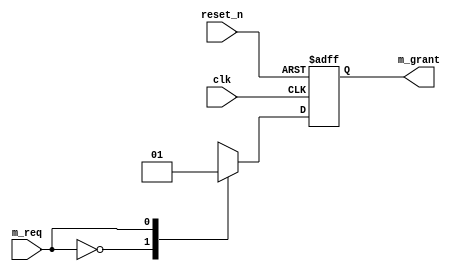
module BUS_arbit(clk, reset_n, m_req, m_grant); // this module makes bus_arbiter
input clk, reset_n; // define input clock, reset_n
input m_req; // define input master request
output reg m_grant; // define output reg master grant

always @(posedge clk, negedge reset_n) // when clk is posedge or reset_n is negedge
begin
	if(reset_n == 1'b0) m_grant = 1'b0; // reset_n is active
	else case(m_req)
		1'b0: m_grant = 1'b0; // master_grant is 0
		1'b1: m_grant = 1'b1; // master_grant is 1
	endcase
end

endmodule // end of module